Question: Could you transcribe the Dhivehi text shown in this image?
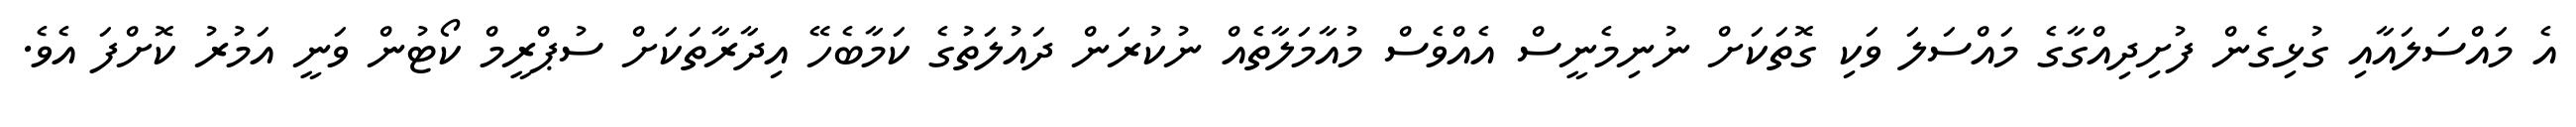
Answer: އެ މައްސަލައާއި ގުޅިގެން ފުށިދިއްގާގެ މައްސަލަ ވަކި ގޮތަކަށް ނުނިމެނީސް އެއްވެސް މުއާމަލާތެއް ނުކުރަން ދައުލަތުގެ ކަމާބެހޭ އިދާރާތަކަށް ސުޕްރީމް ކޯޓުން ވަނީ އަމުރު ކޮށްފަ އެވެ.